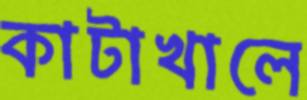
কাটাখালে